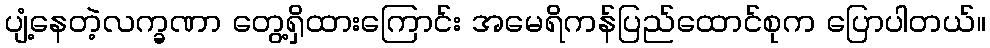
ပျံ့နေတဲ့လက္ခဏာ တွေ့ရှိထားကြောင်း အမေရိကန်ပြည်ထောင်စုက ပြောပါတယ်။